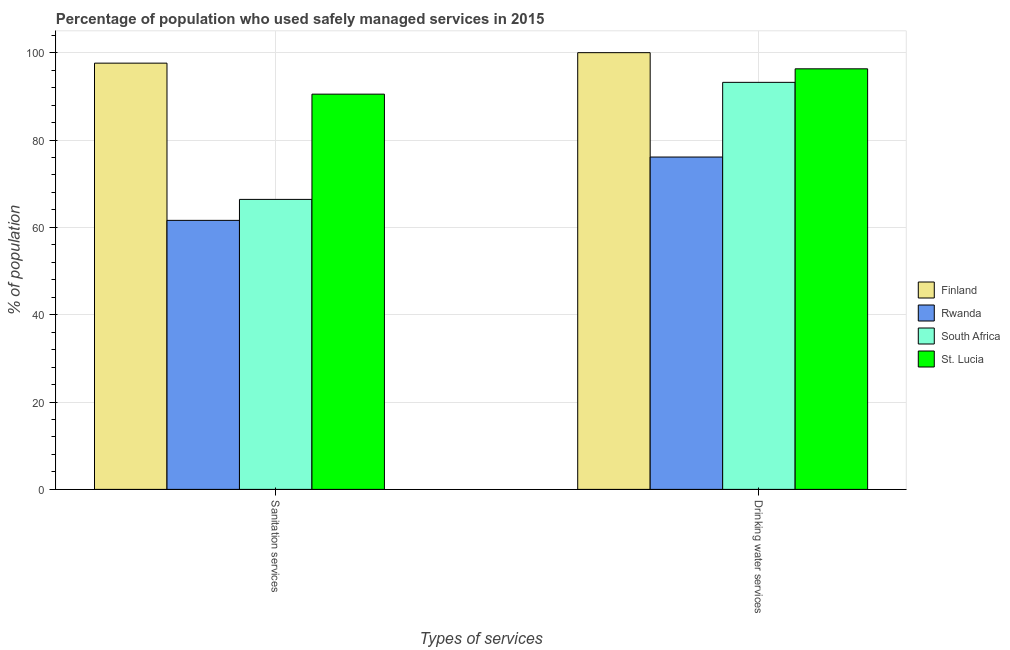
| Types of services | Finland | Rwanda | South Africa | St. Lucia |
 | --- | --- | --- | --- | --- |
 | Sanitation services | 97.6 | 61.6 | 66.4 | 90.5 |
 | Drinking water services | 100 | 76.1 | 93.2 | 96.3 |